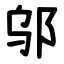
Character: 邬